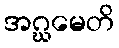
အဂ္ဃမေတိ